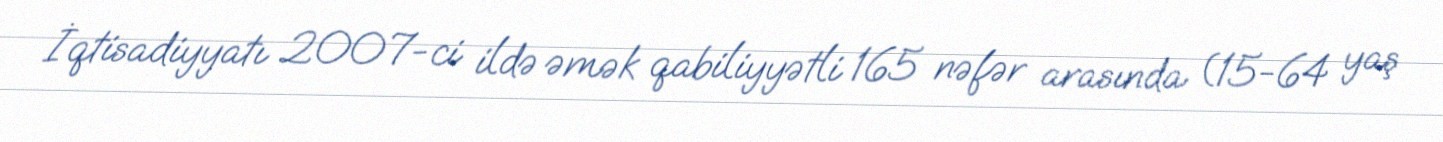
İqtisadiyyatı 2007-ci ildə əmək qabiliyyətli 165 nəfər arasında (15-64 yaş